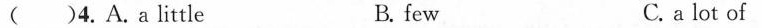
( )4. A. a little B. few C. a lot of